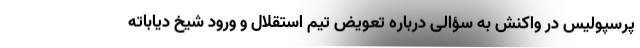
پرسپولیس در واکنش به سؤالی درباره تعویض تیم استقلال و ورود شیخ دیاباته